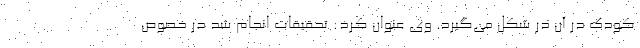
کودک در آن در شکل می‌گیرد. وی عنوان کرد: تحقیقات انجام شد در خصوص